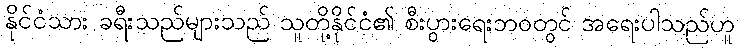
နိုင်ငံသား ခရီးသည်များသည် သူတို့နိုင်ငံ၏ စီးပွားရေးဘဝတွင် အရေးပါသည်ဟူ